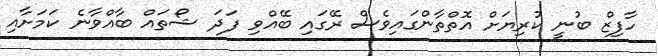
ހާފިޒް ބުނީ ކުރިޔަށް އޮތްތާންގައިވެސް ރޭގައި ބޭއްވި ފަދަ ޝޯތައް ބާއްވާނެ ކަމަށާއި